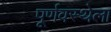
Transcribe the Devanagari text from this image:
पूर्णवस्थेला